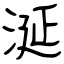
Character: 涎